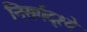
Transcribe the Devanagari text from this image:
निसर्गदृश्ये